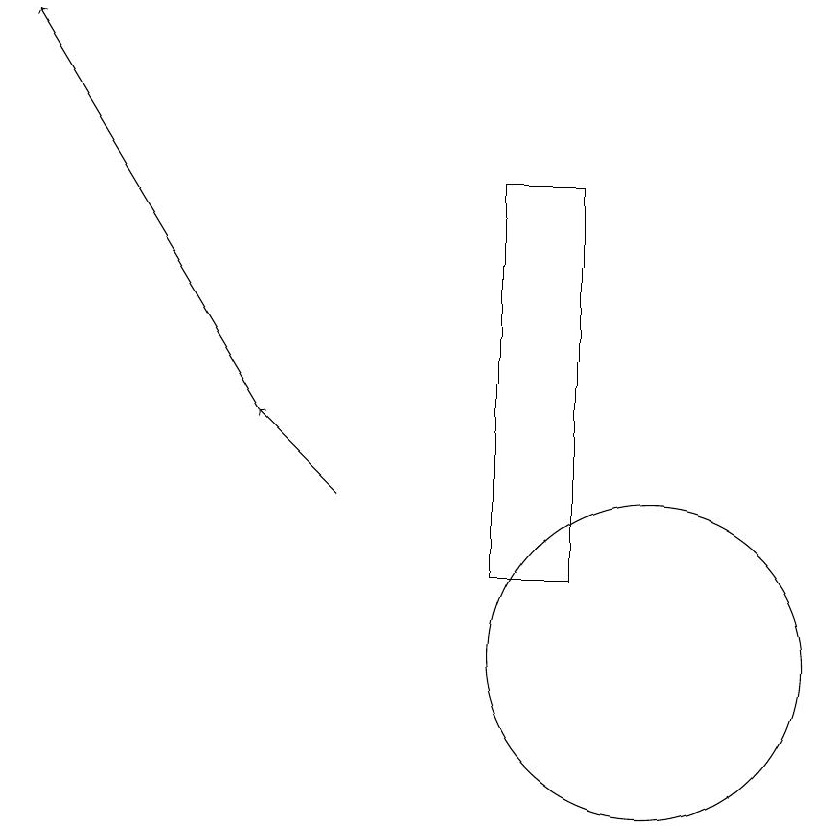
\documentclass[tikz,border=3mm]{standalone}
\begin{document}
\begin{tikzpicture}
\draw[->] (6,12) -- (5,13);
\draw[->] (5,13) -- (2,18);
\draw (10,10) circle (2);
\draw (8,16) rectangle (9,11);
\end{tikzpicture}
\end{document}